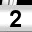
Digit: 2